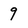
Character: 9